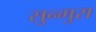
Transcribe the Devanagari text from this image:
सुन्गुरा